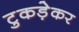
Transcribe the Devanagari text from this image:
टुकड़ेकर